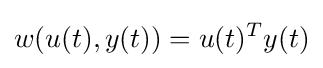
w(u(t),y(t))=u(t)^{T}y(t)